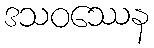
ဒသဝဿေန